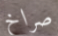
صراخ